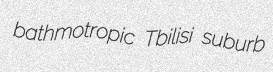
bathmotropic Tbilisi suburb